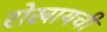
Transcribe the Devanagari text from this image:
रोखायची